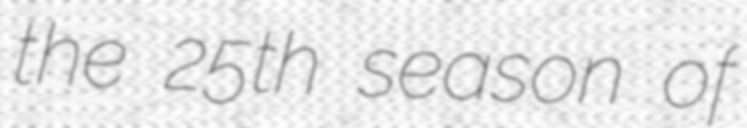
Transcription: the 25th season of